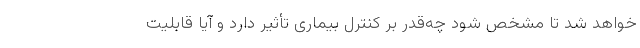
خواهد شد تا مشخص شود چه‌‌قدر بر کنترل بیماری تأثیر دارد و آیا قابلیت